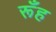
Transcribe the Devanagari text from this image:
रूँह